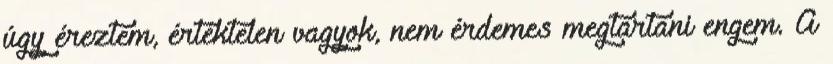
úgy éreztem, értéktelen vagyok, nem érdemes megtartani engem. A